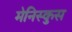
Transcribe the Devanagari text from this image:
मेनिस्कुस